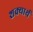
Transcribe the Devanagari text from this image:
शक्यार्थ